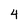
Character: 4